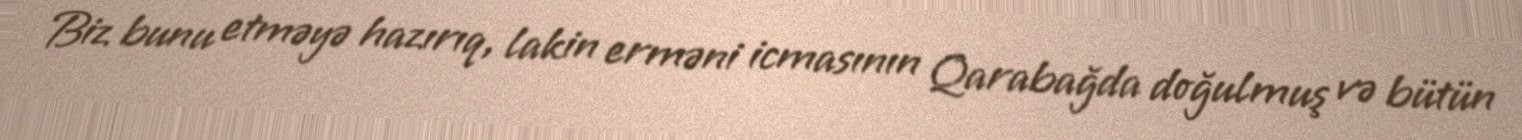
Biz bunu etməyə hazırıq, lakin erməni icmasının Qarabağda doğulmuş və bütün